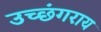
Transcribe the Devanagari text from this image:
उच्छंगराय